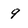
Character: 9